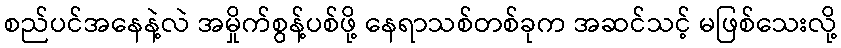
စည်ပင်အနေနဲ့လဲ အမှိုက်စွန့်ပစ်ဖို့ နေရာသစ်တစ်ခုက အဆင်သင့် မဖြစ်သေးလို့